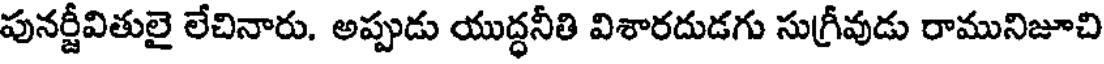
పునర్జీవితులై లేచినారు. అప్పుడు యుద్ధనీతి విశారదుడగు సుగ్రీవుడు రామునిజూచి